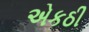
એકઠી